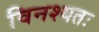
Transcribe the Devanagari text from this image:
विनश्यतः